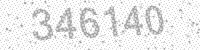
Solution: 346140